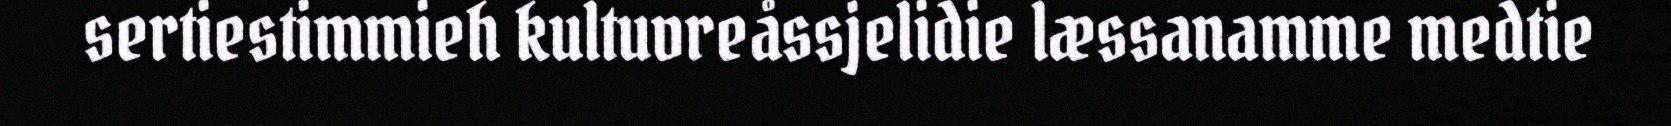
sertiestimmieh kultuvreåssjelidie læssanamme medtie